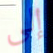
إلى